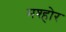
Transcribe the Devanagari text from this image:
मश्होर